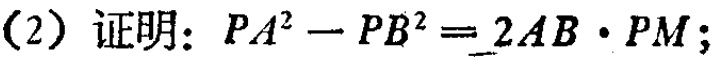
(2) 证明：\(PA^{2}-PB^{2}=2AB\cdot PM\);